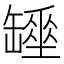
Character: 𦉖